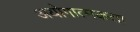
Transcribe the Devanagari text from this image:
अयोगात्मकता